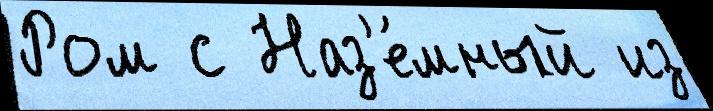
Ром с Наз'е́мный из